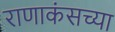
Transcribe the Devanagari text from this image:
राणाकंसच्या